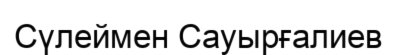
Сүлеймен Сауырғалиев